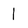
Character: l